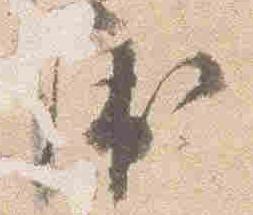
屈